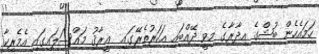
ހަމައެހެން ބުޝްގެ އިދާރާގެ މިވީ ދޭއްބައި އަހަރުތެރޭގައި  ޢީރާޤު މައްސަލައިގައި އެމެރިކާ